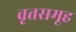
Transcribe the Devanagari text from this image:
वृत्तसमूह